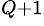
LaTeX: ^{\textit{Q}+1}